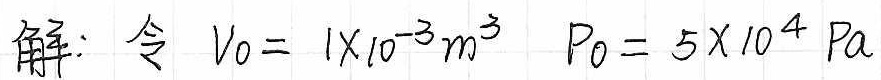
解：令 $V_0 = 1\times10^{-3}m^3$ $P_0 = 5\times10^{4} \ Pa$